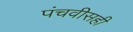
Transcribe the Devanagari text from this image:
पंचवीसही